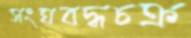
সংঘবদ্ধচক্র